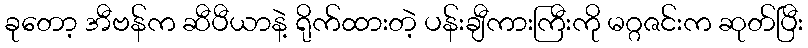
ခုတော့ အီဗန်က ဆီပီယာနဲ့ ရိုက်ထားတဲ့ ပန်းချီကားကြီးကို မဂ္ဂဇင်းက ဆုတ်ပြီး